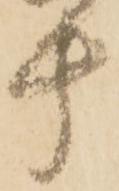
十